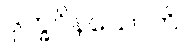
ဒုက္ခဝိနယောတိ